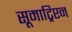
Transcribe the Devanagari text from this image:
सूमाट्रिप्टन